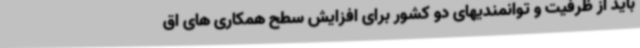
باید از ظرفیت و توانمندیهای دو کشور برای افزایش سطح همکاری های اق